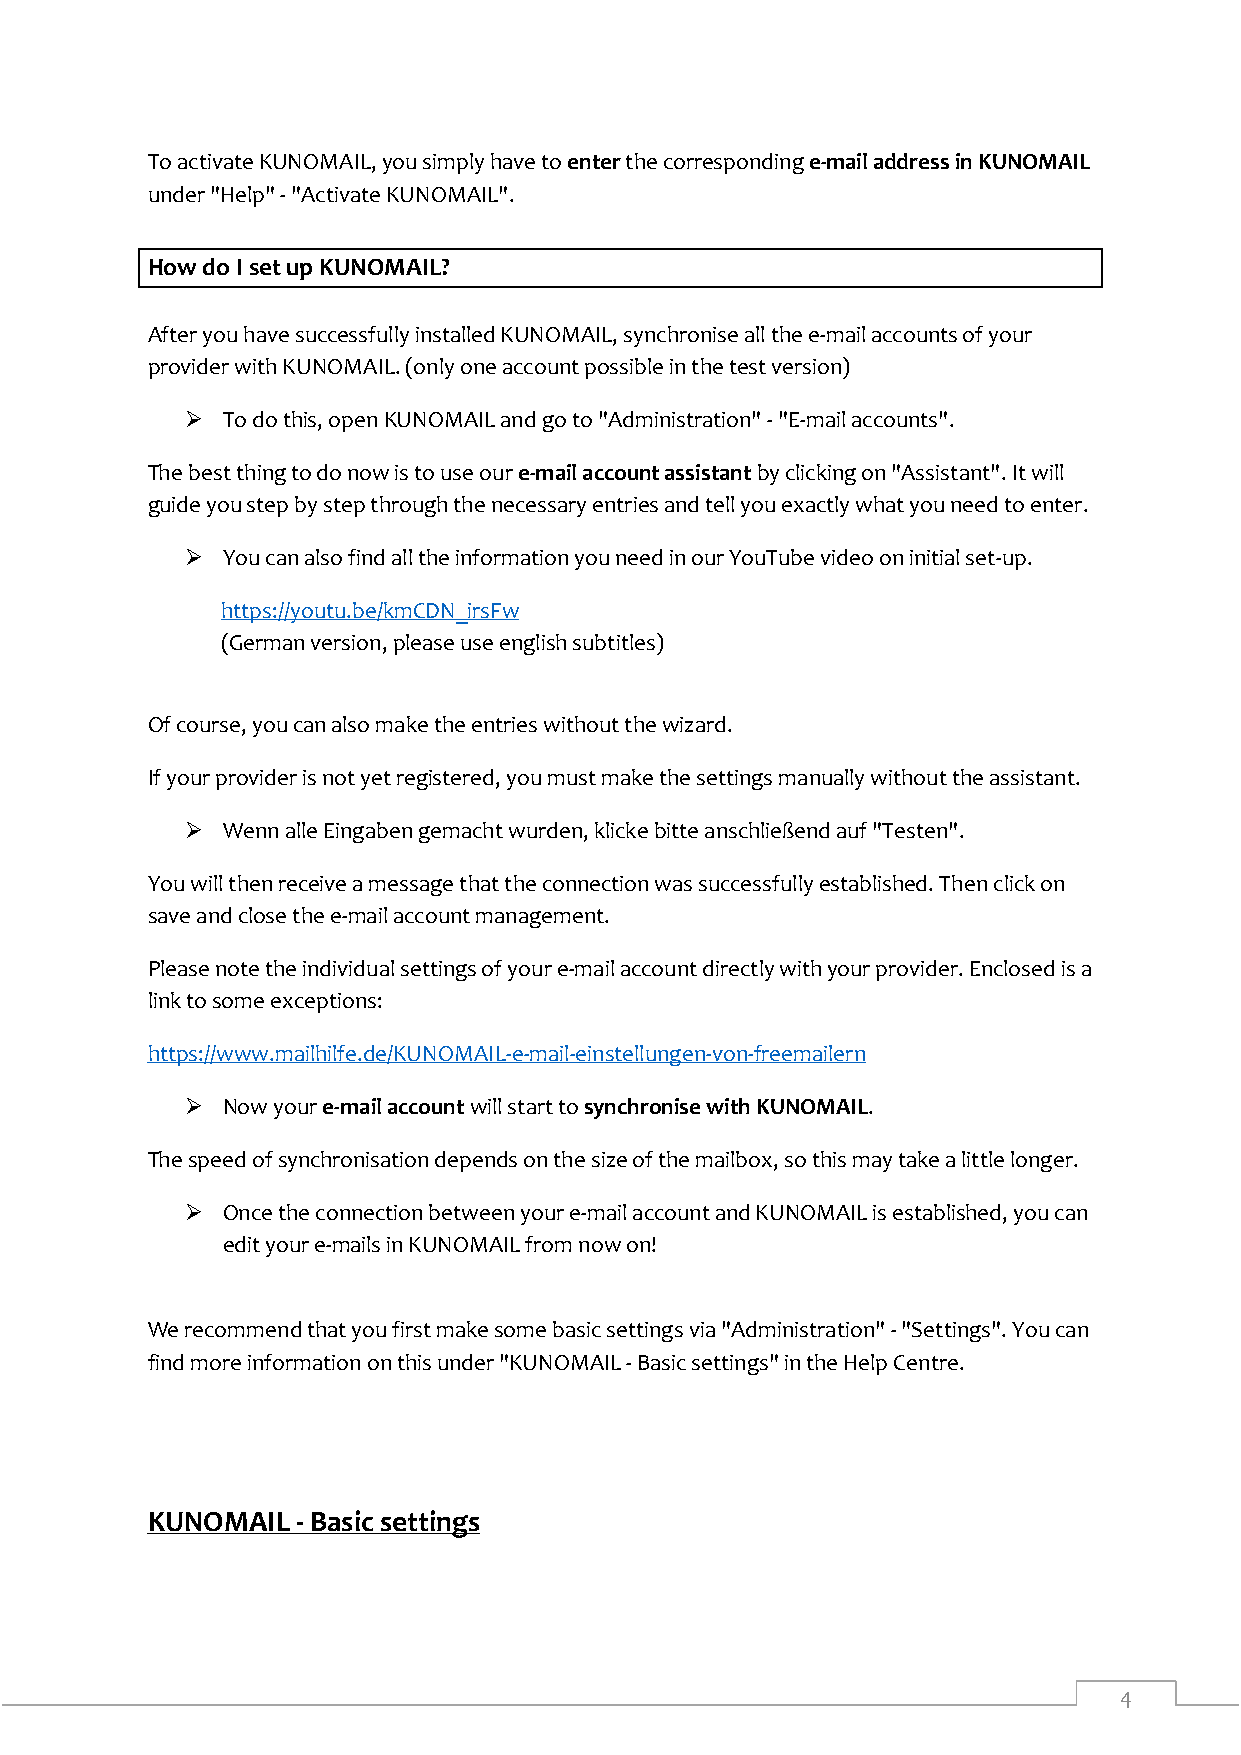
To activate KUNOMAIL, you simply have to enter the corresponding e-mail address in KUNOMAIL
 under "Help" - "Activate KUNOMAIL".
 How do I set up KUNOMAIL?
 After you have successfully installed KUNOMAIL, synchronise all the e-mail accounts of your
 provider with KUNOMAIL. (only one account possible in the test version)
   To do this, open KUNOMAIL and go to "Administration" - "E-mail accounts".
 The best thing to do now is to use our e-mail account assistant by clicking on "Assistant". It will
 guide you step by step through the necessary entries and tell you exactly what you need to enter.
   You can also find all the information you need in our YouTube video on initial set-up.
 https://youtu.be/kmCDN_irsFw
 (German version, please use english subtitles)
 Of course, you can also make the entries without the wizard.
 If your provider is not yet registered, you must make the settings manually without the assistant.
   Wenn alle Eingaben gemacht wurden, klicke bitte anschließend auf "Testen".
 You will then receive a message that the connection was successfully established. Then click on
 save and close the e-mail account management.
 Please note the individual settings of your e-mail account directly with your provider. Enclosed is a
 link to some exceptions:
 https://www.mailhilfe.de/KUNOMAIL-e-mail-einstellungen-von-freemailern
   Now your e-mail account will start to synchronise with KUNOMAIL.
 The speed of synchronisation depends on the size of the mailbox, so this may take a little longer.
   Once the connection between your e-mail account and KUNOMAIL is established, you can
 edit your e-mails in KUNOMAIL from now on!
 We recommend that you first make some basic settings via "Administration" - "Settings". You can
 find more information on this under "KUNOMAIL - Basic settings" in the Help Centre.
 KUNOMAIL  - Basic settings
 4